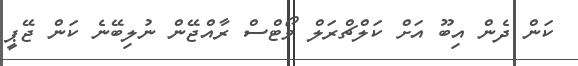
ކަން ދެން އިބޫ އަށް ކަލްޗްރަލް ވޯޓްސް ރާއްޖޭން ނުލިބޭނެ ކަން ޖޭޕީ